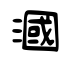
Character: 漍